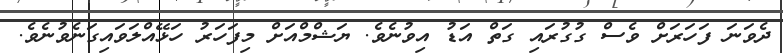
ދެވަނަ ފަހަރަށް ވެސް ގުގުރައި ގަތް އަޑު އިވުނެވެ. ޔަޝްމްއަށް މިފަހަރު ހަޅޭއްލަވައިގަނެވުނެވެ.